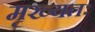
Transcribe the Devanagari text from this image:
मृख्यतः